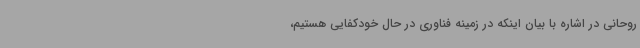
روحانی در اشاره با بیان اینکه در زمینه فناوری در حال خودکفایی هستیم،